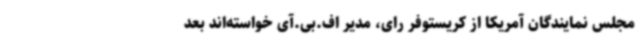
مجلس نمایندگان آمریکا از کریستوفر رای، مدیر اف.بی.آی خواسته‌اند بعد